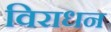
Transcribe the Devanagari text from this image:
विराधन